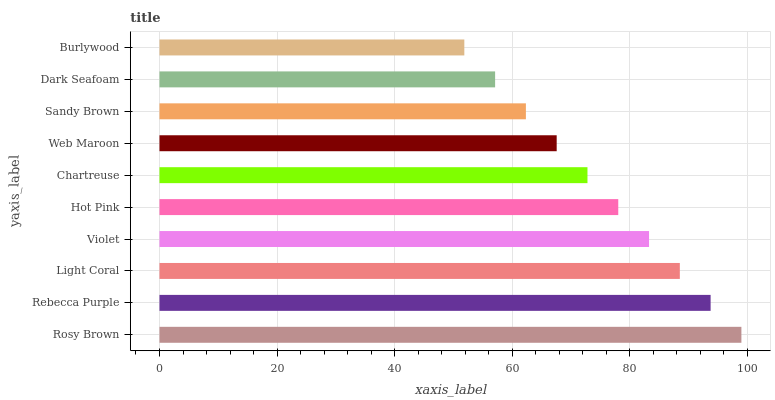
| yaxis_label | bars |
 | --- | --- |
 | Rosy Brown | 99 |
 | Rebecca Purple | 93.8 |
 | Light Coral | 88.5 |
 | Violet | 83.3 |
 | Hot Pink | 78 |
 | Chartreuse | 72.8 |
 | Web Maroon | 67.6 |
 | Sandy Brown | 62.3 |
 | Dark Seafoam | 57.1 |
 | Burlywood | 51.9 |